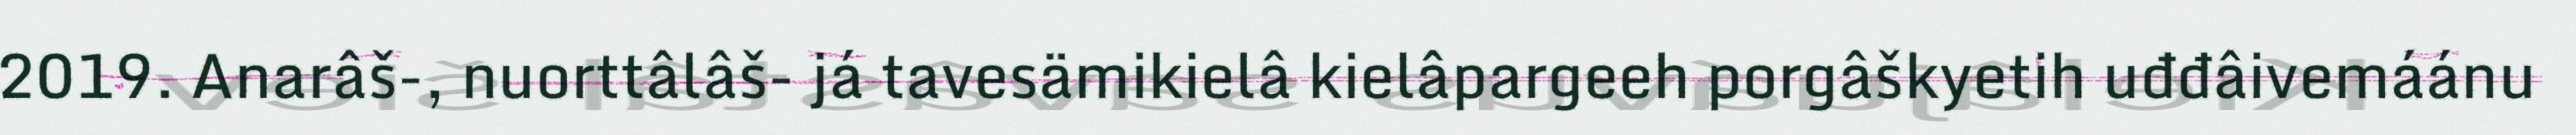
2019. Anarâš-, nuorttâlâš- já tavesämikielâ kielâpargeeh porgâškyetih uđđâivemáánu